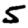
Digit: 5